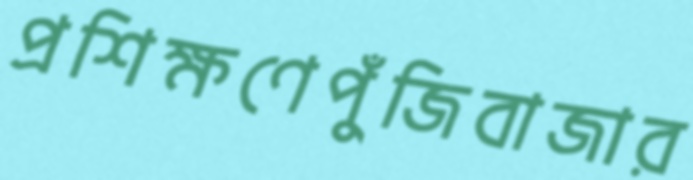
প্রশিক্ষণেপুঁজিবাজার